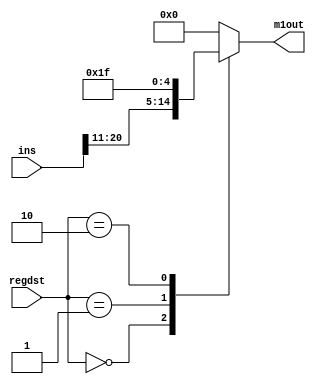
module mux1(regdst,ins,m1out); //choose write register
    input [1:0] regdst;
    input [31:0] ins;
    output reg[4:0] m1out;

    always@(regdst or ins)
    begin
      case(regdst)
          2'b00: m1out = ins[20:16]; //rt
          2'b01: m1out = ins[15:11]; //rd
          2'b10: m1out = 5'd31;     //$31
          default: m1out = 5'd0;
      endcase
    end
endmodule